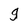
Character: g